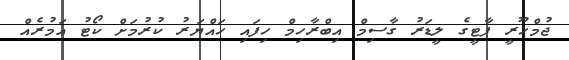
ޖުމްހޫރީ ޕާޓީގެ ލީޑަރު ގާސިމް އިބްރާހިމް ހިފައިި ހައްޔަރު ކުރުމަށް ކޯޓު އަމުރެއް